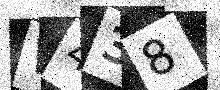
Text: W438